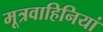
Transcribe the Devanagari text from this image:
मूत्रवाहिनियां